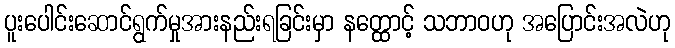
ပူးပေါင်းဆောင်ရွက်မှုအားနည်းရခြင်းမှာ နတ္ထောင့် သဘာဝဟု အပြောင်းအလဲဟု